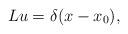
LaTeX: \begin{align*}Lu = \delta(x-x_0),\end{align*}